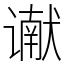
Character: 谳